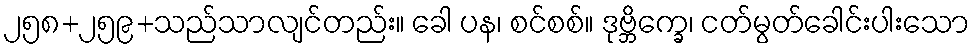
၂၅၈+၂၅၉+သည်သာလျင်တည်း။ ခေါ ပန၊ စင်စစ်။ ဒုဗ္ဘိက္ခေ၊ ငတ်မွတ်ခေါင်းပါးသော